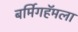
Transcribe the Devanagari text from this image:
बर्मिगहॅमला